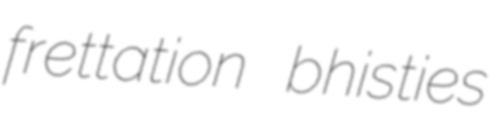
frettation bhisties